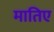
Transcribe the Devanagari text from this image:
मातिए